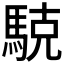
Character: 𱄝